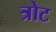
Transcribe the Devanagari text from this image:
त्रोट